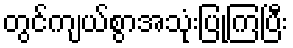
တွင်ကျယ်စွာအသုံးပြုကြပြီး